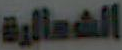
الشمالية